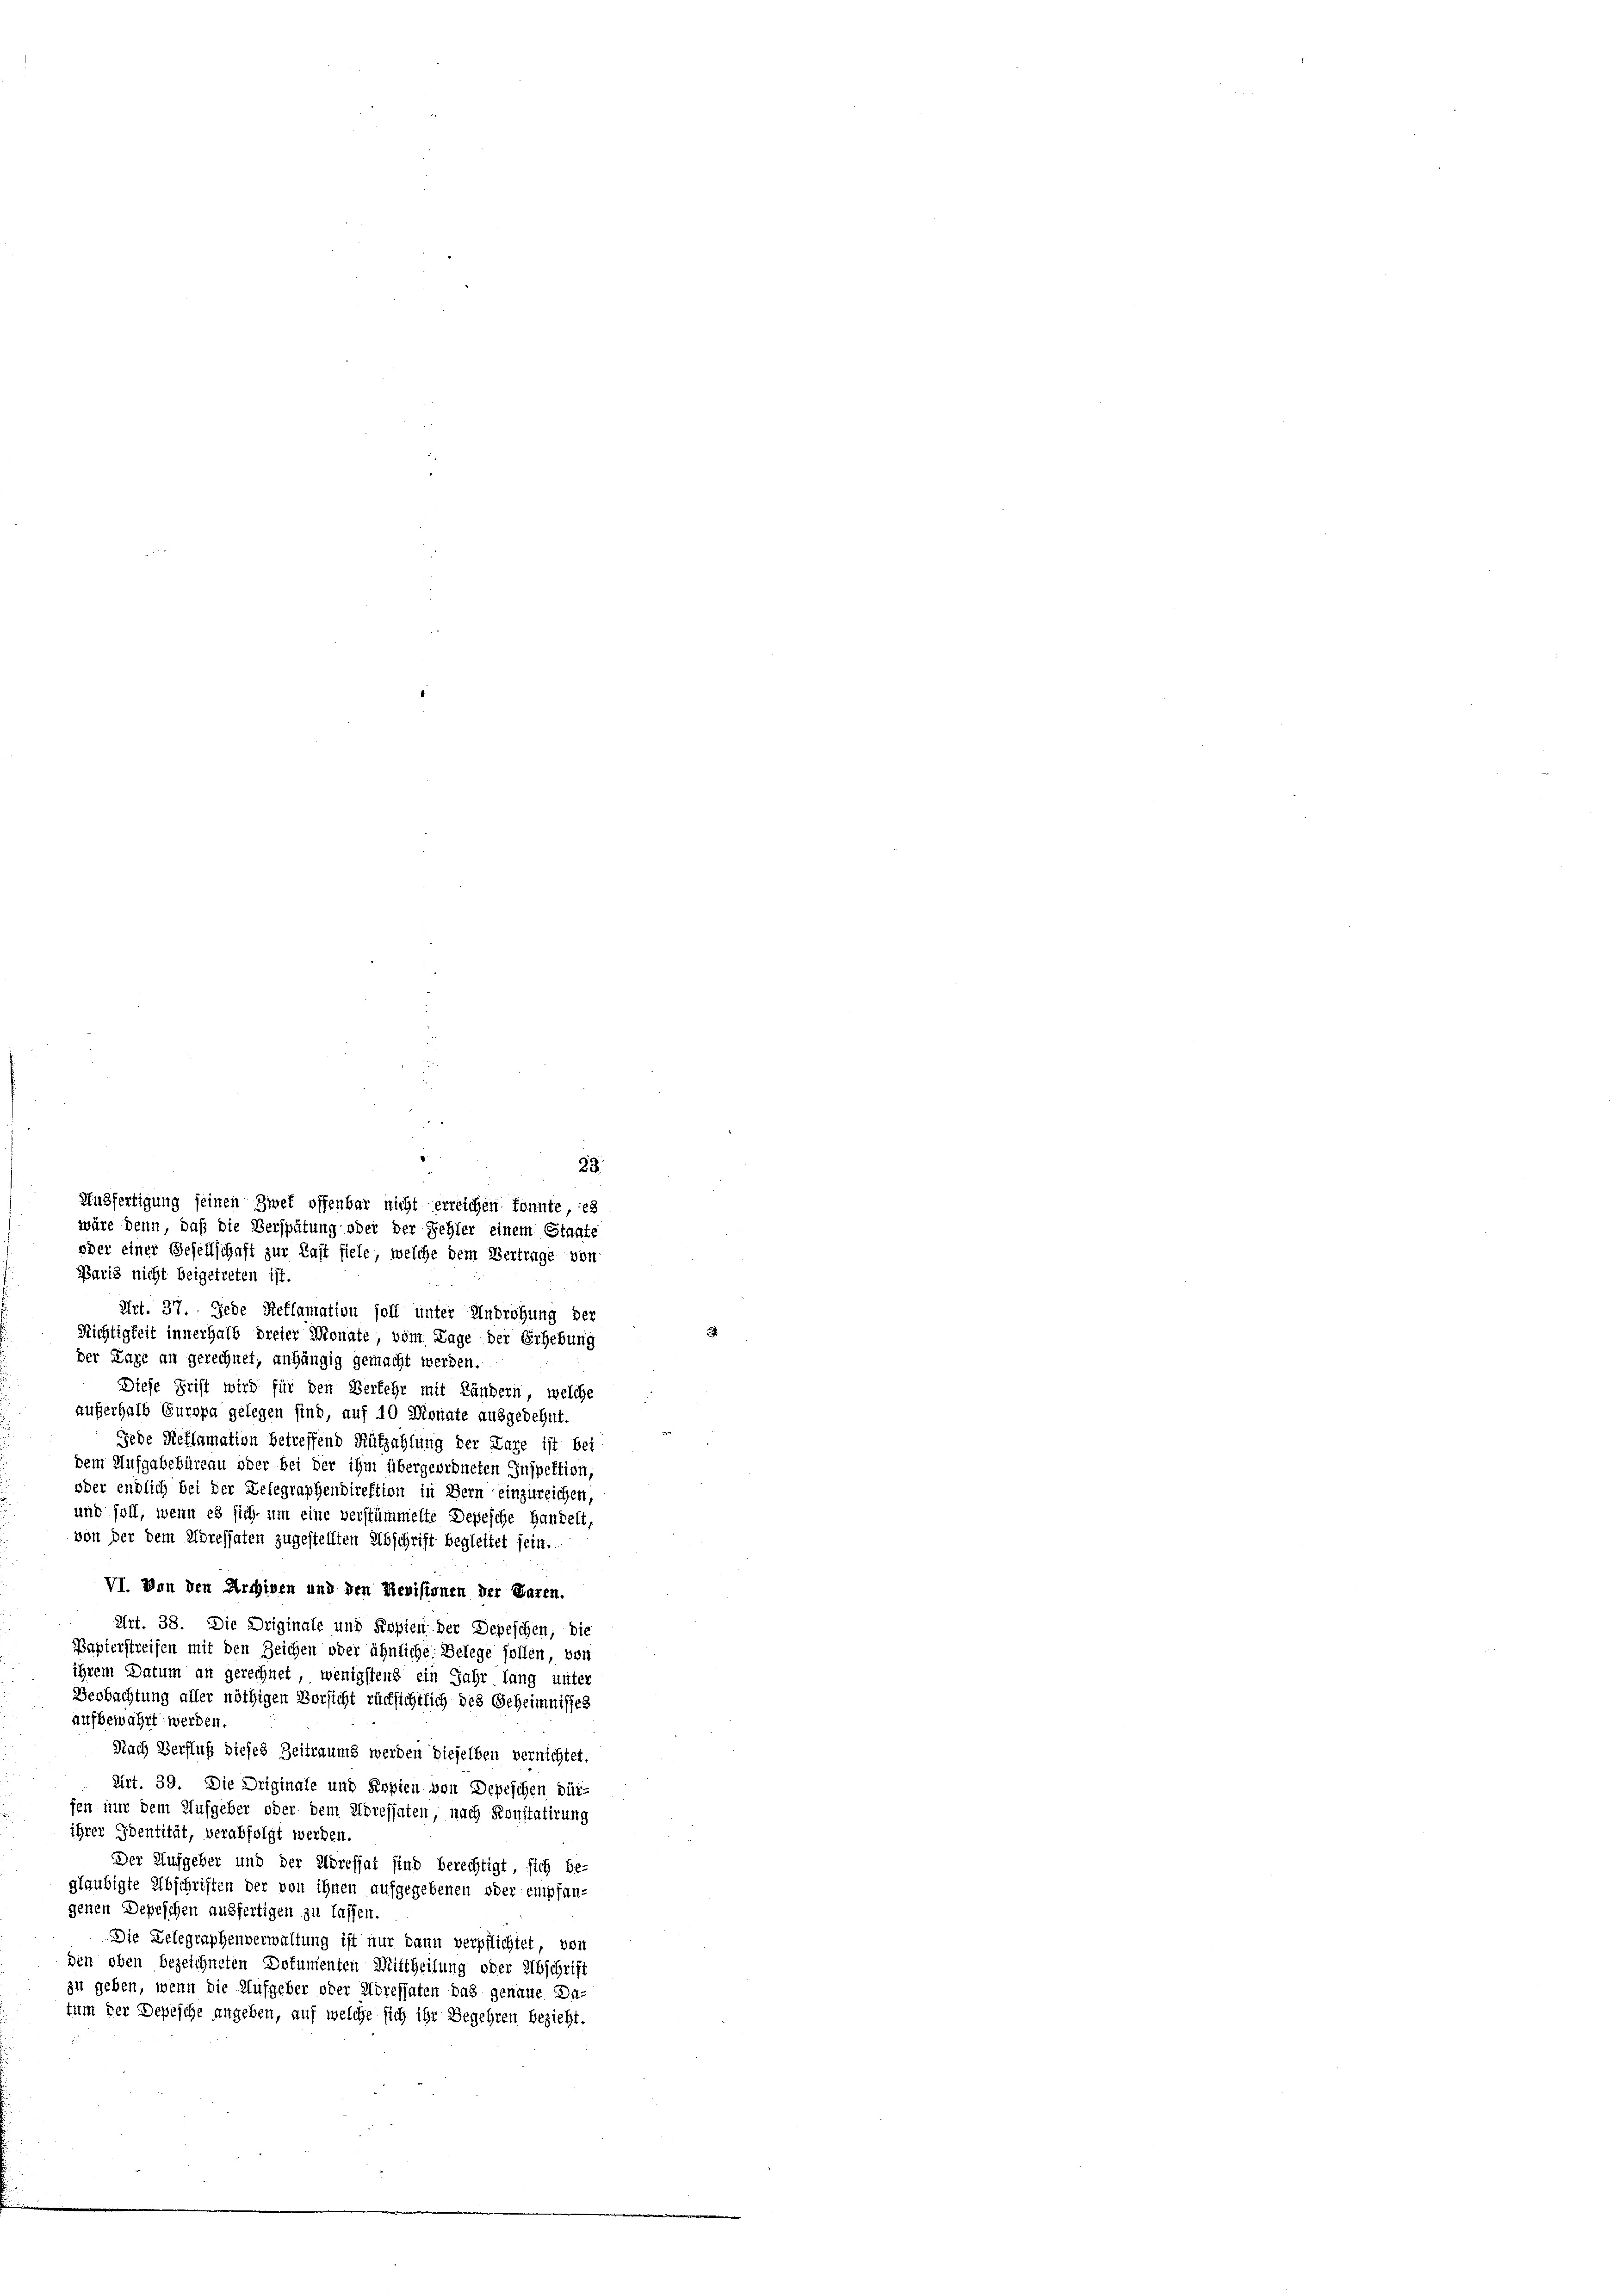
Paris nicht beigetreten ist.
Art. 37. Jede Reflamation soll unter Androhung der
Richtigkeit innerhalb dreier Monate vom Lage der Erhebung
der Lage an gerechnet, anhängig gemacht werden.
Diese Frist wird für den Verkehr mit Ländern, welche
außerhalb Europa gelegen sind, auf 10 Dionate ausgedehnt.
Jede Reflamation betreffend Küfzahlung der Lage ist bei
dem Aufgabebüreau oder bei der ihm übergeordneten Inspektion,
oder endlich bei der Delegraphendirektion in Bern einzureichen,
und soll, wenn es sich um eine verstümmelte Depesche Handelt,
von der dem Höressaten zugestellten Abschrift begleitet sein.
VI. Von den Archiven und den Revisionen der Paren.
Art. 38. Die Driginale und Kopien der Depeschen, die
Bapierstreifen mit den Zeichen oder ähnliche Belege follen, von
ihrem Datum an gerechnet, wenigstens ein Jahr lang unter
Beobachtung aller nöthigen Vorsicht rücksichtlich des Geheimnisses
aufbewahrt werden.
Nach Verfluß dieses Zeitraums werden dieselben vernichtet.
Urt. 39. Die Originale und Kopien von Depeschen dür-
fen nur dem Aufgeher oder dem Adressaten, nach Konstatirung
ihrer Identität, verabfolgt werden.
Der Aufgeber und der Adressat sind berechtigt sich be-
gläubigte Abschriften der von ihnen aufgegebenen oder empfan-
genen Depeschen ausfertigen zu lassen.
Die Lelegraphenverwaltung ist nur dann verpflichtet, von
den oben bezeichneten Dokumenten Mittheilung oder Abschrift
zu geben, wenn die Aufgeber oder Adressaten das genaue Da-
tum der Depesche angeben, auf welche sich ihr Begehren bezieht.

“
23
Ausfertigung seinen Zwet offenbar nicht erreichen konnte es
wäre denn, daß die Verspätung oder der Fehler einem Staate
oder einer Besellschaft zur Last fiele, welche dem Vertrage von